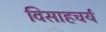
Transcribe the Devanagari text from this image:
विसाहचर्य